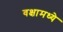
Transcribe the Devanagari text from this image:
वक्षामध्ये